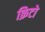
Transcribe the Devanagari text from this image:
क्रिटो